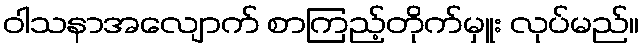
ဝါသနာအလျောက် စာကြည့်တိုက်မှူး လုပ်မည်။